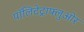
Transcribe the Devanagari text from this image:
पॉलिटेट्राफ्लुओर